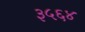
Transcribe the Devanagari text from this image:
३५६४